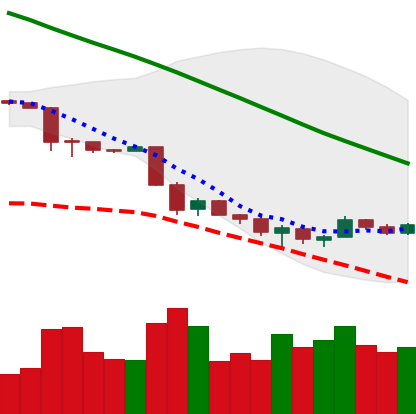
Ticker: ETH-USD
Chart end date: 2018-12-01
Forward return: -22.653%
Label: down_7plus